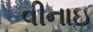
વીનાઇ